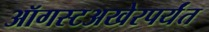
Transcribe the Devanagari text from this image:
ऑगस्टअखेरपर्यंत